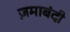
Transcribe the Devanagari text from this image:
ज़माबंदी